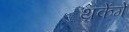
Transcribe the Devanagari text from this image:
थकेंगे